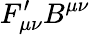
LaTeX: F_{\mu\nu}^{\prime}B^{\mu\nu}